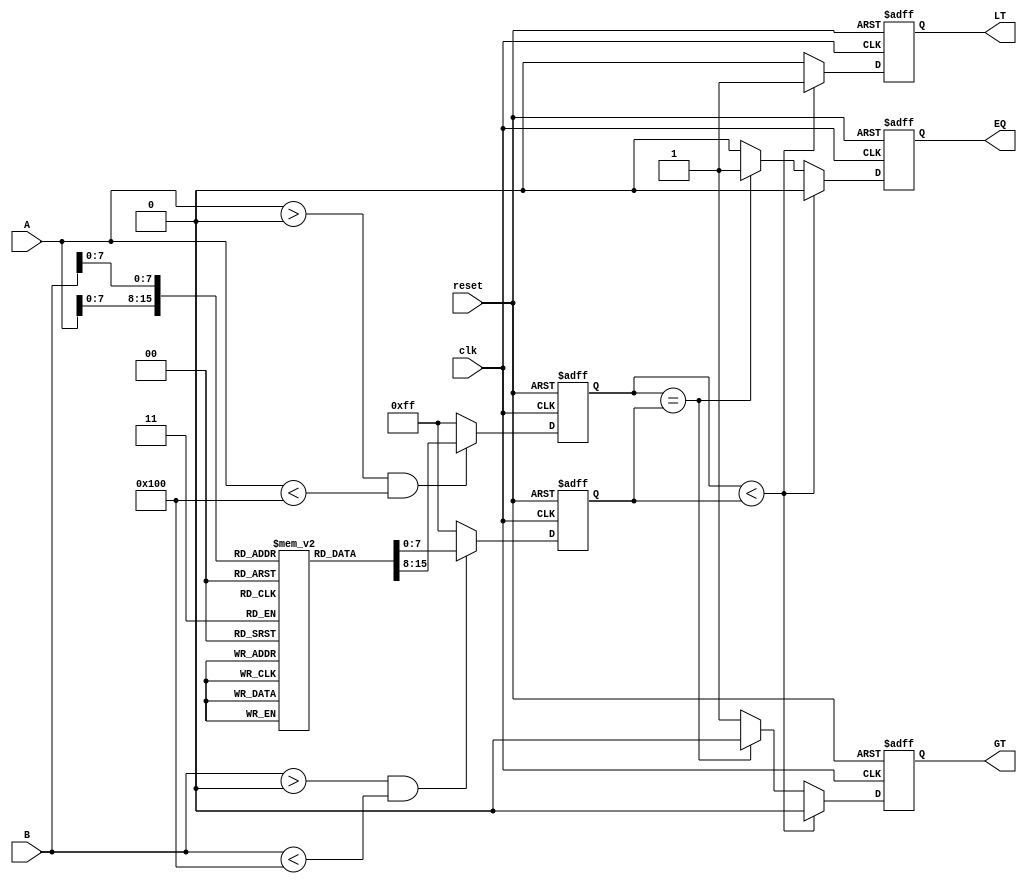
module LogarithmicComparator (
    input wire clk,
    input wire reset,
    input wire [15:0] A, // 16-bit input A
    input wire [15:0] B, // 16-bit input B
    output reg LT,       // Less Than output
    output reg EQ,       // Equal output
    output reg GT        // Greater Than output
);

// Logarithm look-up table (base 2) for values 1 to 255
reg [7:0] log_table [0:255];
initial begin
    // Populate the log_table with precomputed logarithm values
    // log_table[0] = 0; // log(0) is undefined, handle separately
    log_table[1] = 0;   // log2(1) = 0
    log_table[2] = 1;   // log2(2) = 1
    log_table[3] = 1;   // log2(3)  1.585 (approx)
    log_table[4] = 2;   // log2(4) = 2
    // Continue filling the table...
    // For simplicity, we will only fill a few values here
    // In a real implementation, you would fill in all values or use a more sophisticated method
end

// Internal signals for logarithmic values
reg [7:0] log_A;
reg [7:0] log_B;

always @(posedge clk or posedge reset) begin
    if (reset) begin
        LT <= 0;
        EQ <= 0;
        GT <= 0;
        log_A <= 0;
        log_B <= 0;
    end else begin
        // Handle special cases for logarithm
        if (A > 0 && A < 256) begin
            log_A <= log_table[A];
        end else if (A == 0) begin
            log_A <= 8'hFF; // Assign a special value for log(0)
        end else begin
            log_A <= 8'hFF; // Handle out of range
        end

        if (B > 0 && B < 256) begin
            log_B <= log_table[B];
        end else if (B == 0) begin
            log_B <= 8'hFF; // Assign a special value for log(0)
        end else begin
            log_B <= 8'hFF; // Handle out of range
        end

        // Comparator logic
        if (log_A < log_B) begin
            LT <= 1;
            EQ <= 0;
            GT <= 0;
        end else if (log_A == log_B) begin
            LT <= 0;
            EQ <= 1;
            GT <= 0;
        end else begin
            LT <= 0;
            EQ <= 0;
            GT <= 1;
        end
    end
end

endmodule